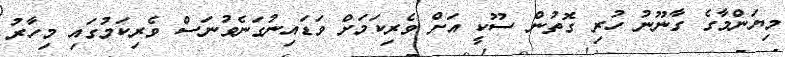
މިޔަންމާގެ ގާނޫނު ހުރި ގޮތުން ސޫކީ އަށް ވެރިކަމަށް ވަޑައިނުގަނެވުނަސް ވެރިކަމުގައި މިހާރު